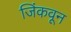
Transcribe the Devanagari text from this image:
जिंकवून